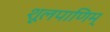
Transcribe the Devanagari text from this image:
शूलपाणिम्